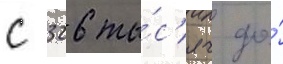
с 326 ты́с'яч до́